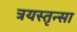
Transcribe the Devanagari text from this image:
त्रयस्तृन्सा